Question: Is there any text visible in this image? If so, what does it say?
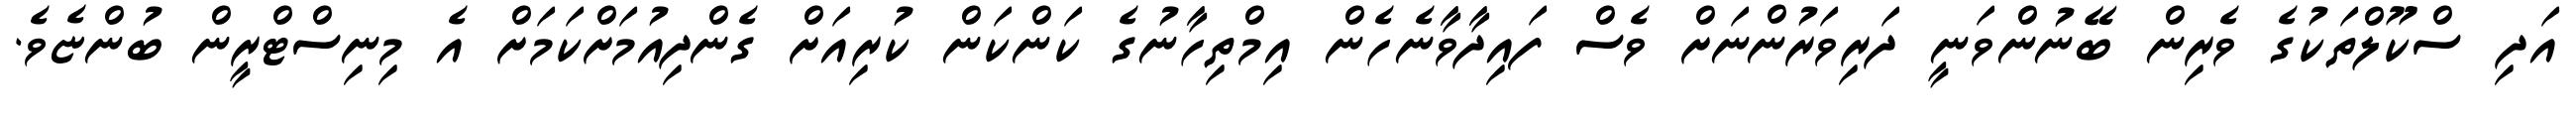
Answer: އަދި ސްކޫލްތަކުގެ ވެރިން ބޭނުންވަނީ ދަރިވަރުންނަށް ވެސް ފައިދާވާނެހެން އިމްތިހާނުގެ ކަންކަން ކުރިއަށް ގެންދިއުމަށްކަމަށް އެ މިނިސްޓްރީން ބުންޏެވެ.